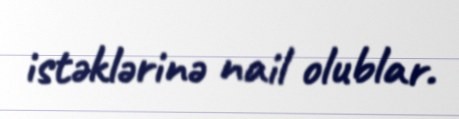
istəklərinə nail olublar.